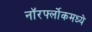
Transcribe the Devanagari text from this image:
नॉरर्फ्लोकमध्ये